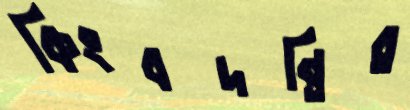
কিংবদন্তির